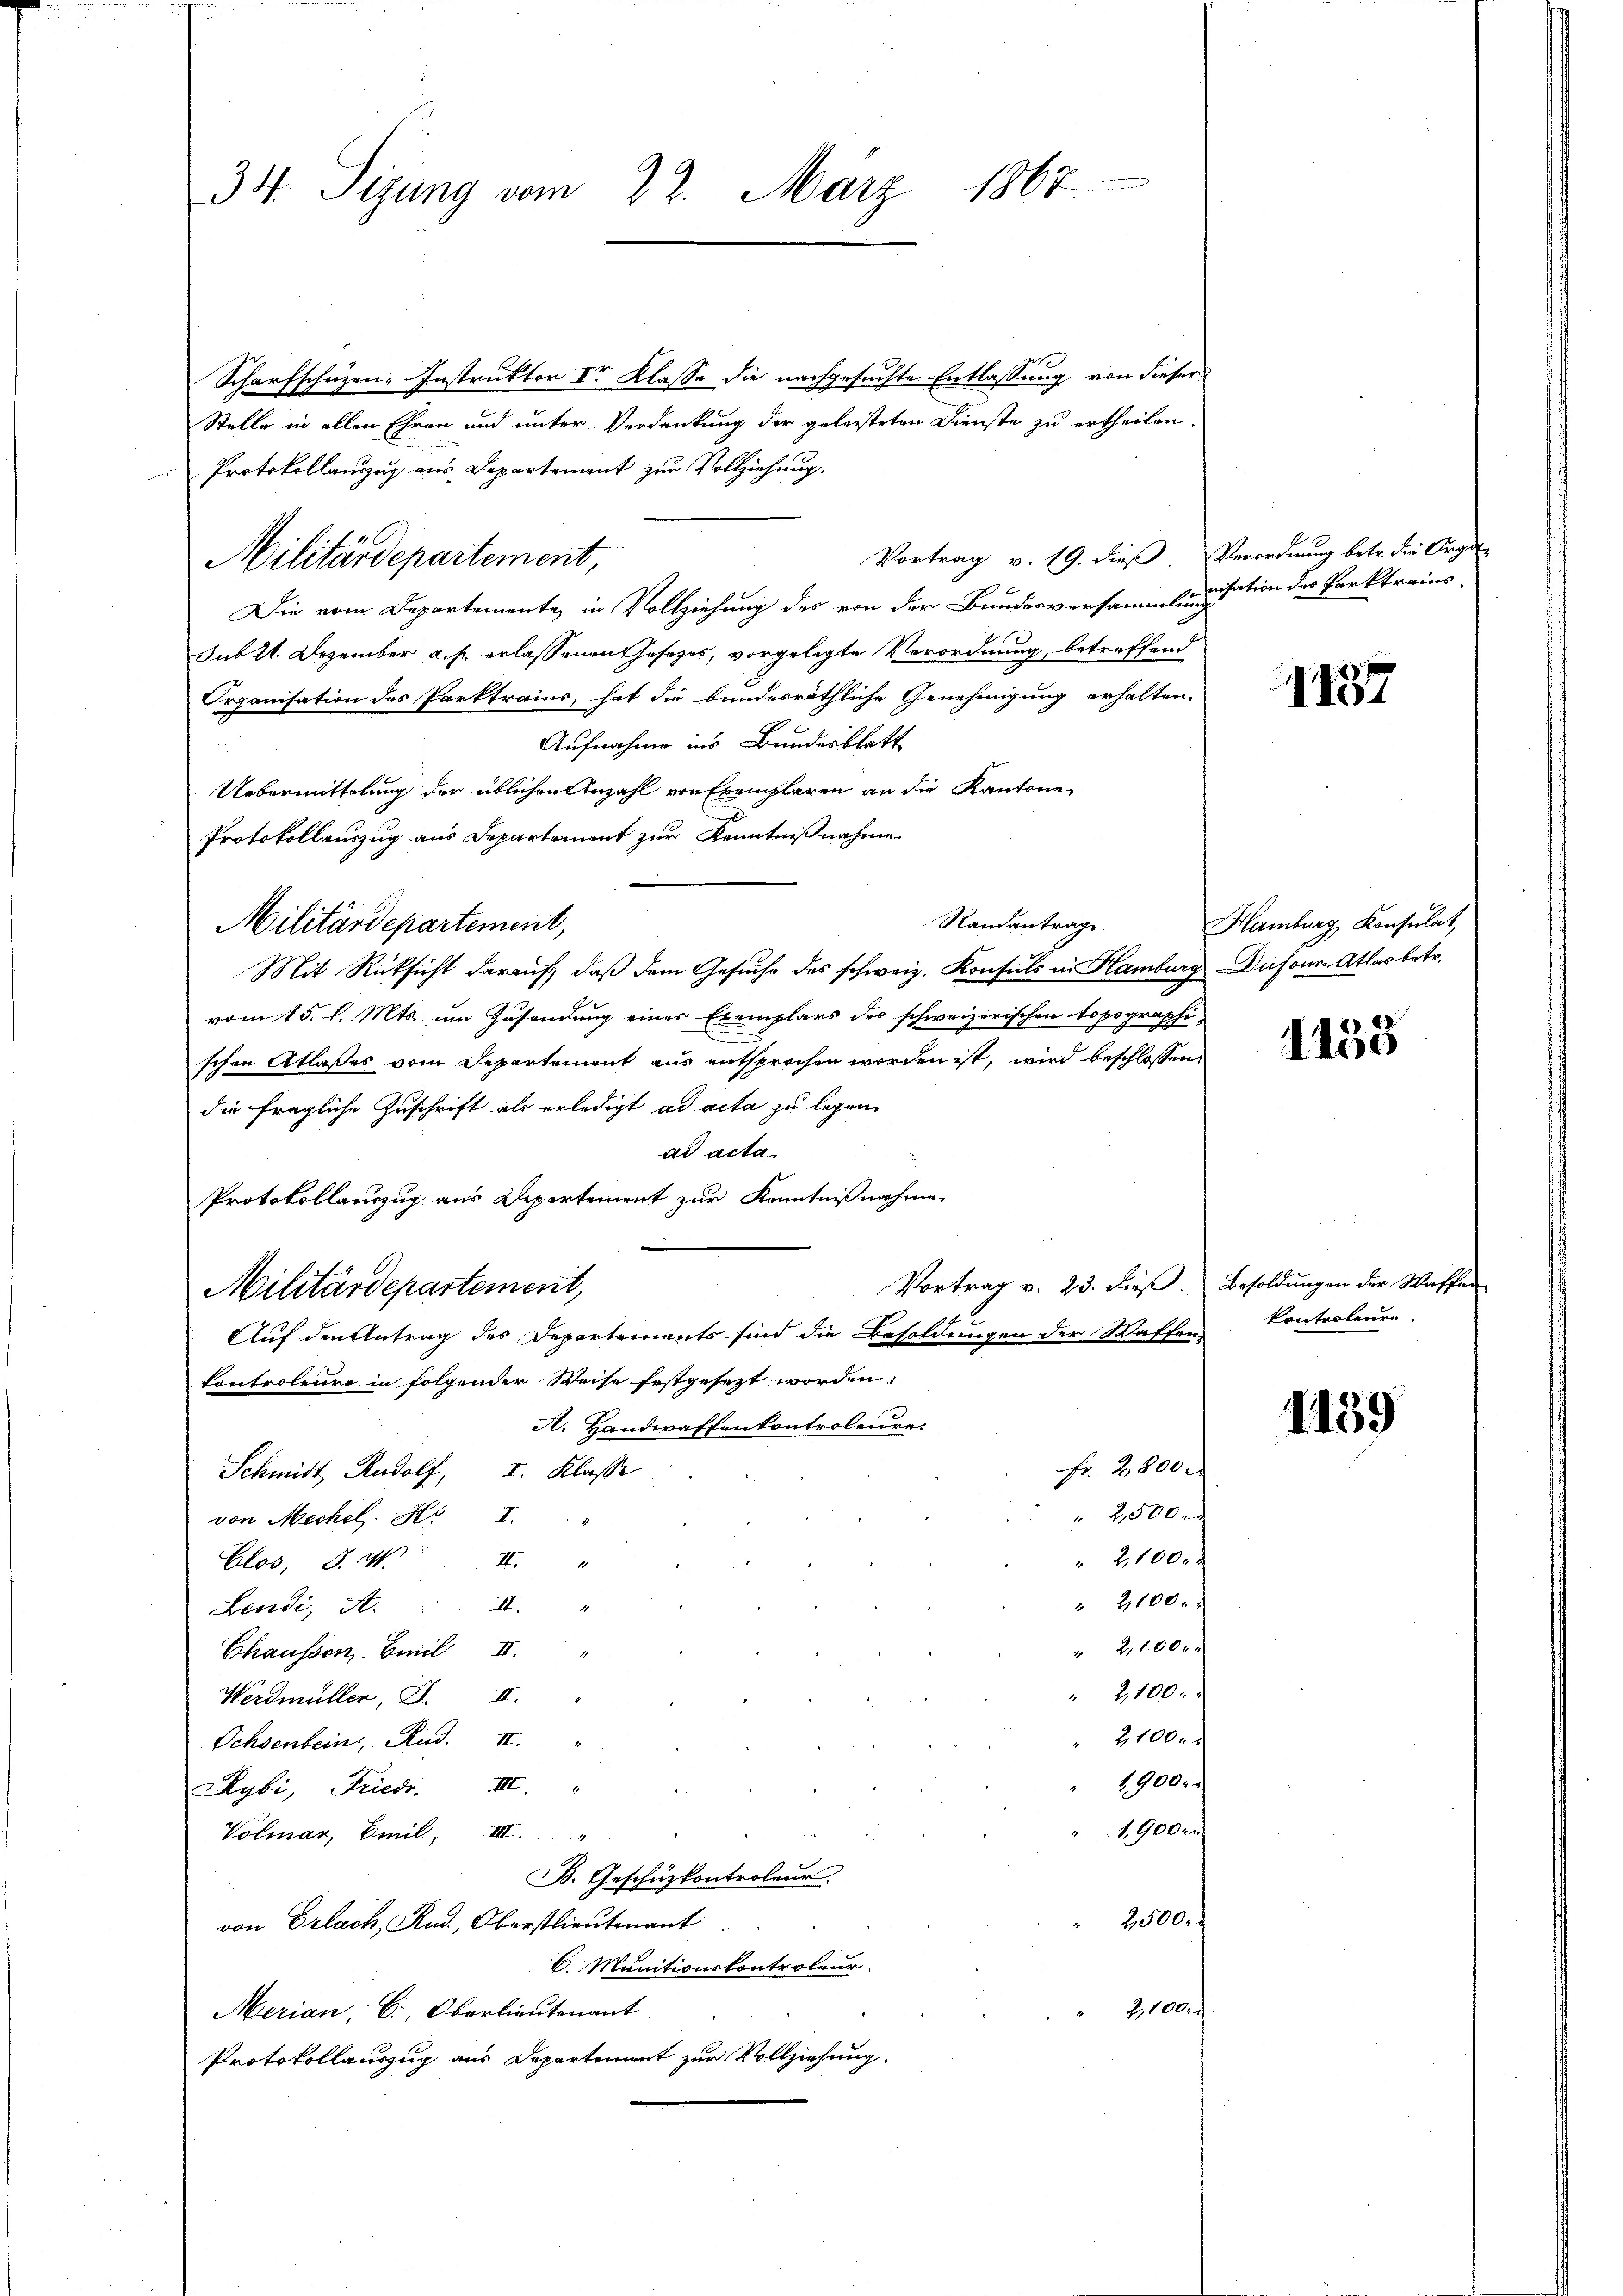
Scharfschüzen-Instruktor der Klasse die nachgesuchte Entlassung von dieser
Stelle in allen Ehren und unter Verdankung der geleisteten Dienste zu ertheilen.
Protokollauszug aus Departement zur Vollziehung.
Vortrag v. 19. dieß Verordnung betr. die Organ
Militärdepartement,
Die vom Departemente, in Vollziehung des von der Bundesversammlinisation des Parktrains.
sub 21. Dezember a. f. erlassenen Gesetzes, vorgelegte Verordnung, betreffend
Organisation des Parktrains, hat die bundesräthliche Genehmigung erhalten.
Aufnahme ins Bundesblatt
Uebermittelung der üblichen Anzahl von Exemplaren an die Kantone-
Protokollauszug aus Departement zur Kenntnißnahme
Randantrag
Militärdepartement,
Mit Rücksicht darauf, daß dem Gesuche des schweiz. Konsuls in Hamburg Dufouren Atlas betr.
vom 15. l. Mts. im Zusendung einer Exemplars des schweizerischen Topographi-
schen Atlasses vom Departement aus entsprochen worden ist, wird beschlossen,
die fragliche Zuschrift als erledigt ad acta zu legen,
ad acta.
Protokollauszug aus Departement zur Kenntnißnahme.
Vortrag v. 23. dieβ. Besoldungen der Waffen
Militärdepartement,
Auf den Antrag des Departements sind die Besoldungen der Waffen
Controleure in folgender Weise festgesezt worden:
A. Handwaffenkontroleure.
Fr. 2800 x
Schmidt Rudolf, I. Klasse
 2500 x
von Mechel. H. I. " "
2,100.
Elos, d. d
II.
" 2,100.
endi, A. II. "
" 2,100 r.
Chaussen. Emil II. "
" 2,100.
Werdmüller, I. II.
2100. f
Ochsenbein And. II. "
4900.
Rybi, Friedr. IIII.
1900 r
Volmar, Emil III.
B. Geschüzkontroleur.
2500.
von Erlach, Rud., Oberstlieutenant
C. Munitionskontroleur.
2,100.
Merian, C., Oberlieutenant
Protokollauszug aus Departement zur Vollziehung.

34. Sigung vom 22. März 1867.

1157

Hamburg Konsulat,

1155

kontroleure.

1159